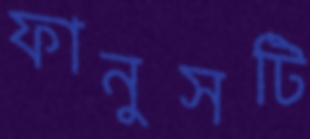
ফানুসটি